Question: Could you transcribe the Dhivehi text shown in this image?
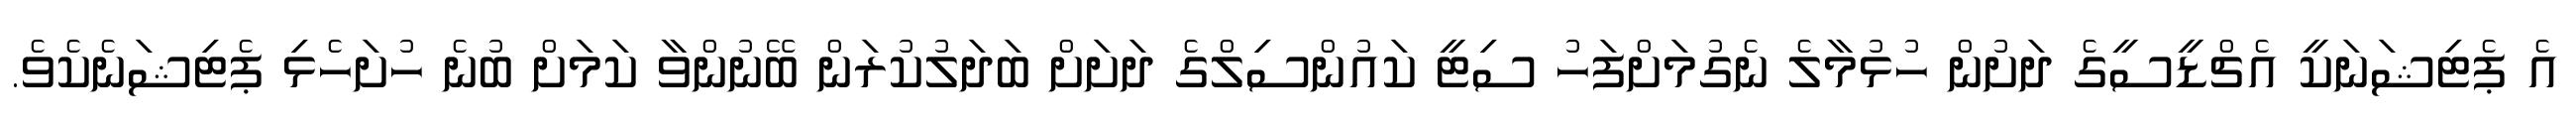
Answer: އެ ޕެޓިޝަނަކީ އެޗްޑީސީގެ ދަށުން ހުޅުމާލެ ނެގުމަށްފަހު ސިޓީ ކައުންސިލްގެ ދަށަށް ބަދަލުކުރަން ބޭނުންވާ ކަމަށް ބުނެ ހުށަހެޅި ޕެޓިޝަނެކެވެ.